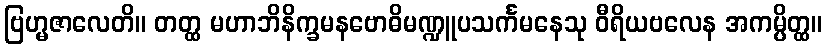
ဗြဟ္မဇာလေတိ။ တတ္ထ မဟာဘိနိက္ခမနဗောဓိမဏ္ဍူပသင်္ကမနေသု ဝီရိယဗလေန အကမ္ပိတ္ထ။